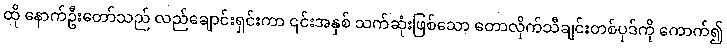
ထို နောက်ဦးတော်သည် လည်ချောင်းရှင်းကာ ၎င်းအနှစ် သက်ဆုံးဖြစ်သော တောလိုက်သီချင်းတစ်ပုဒ်ကို ကောက်၍